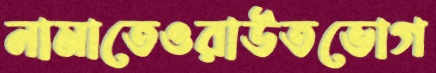
নামাতেওরাউতভোগ